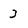
Character: 3